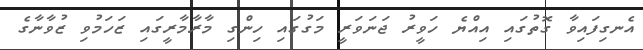
އެނގިފައިވާ ގޮތުގައި އިއްޔެ ހަވީރު ޖަނަވަރީ މަގުގައި ހިންގި މާރާމާރީގައި ޒަހަމުވި ޒުވާނާގެ